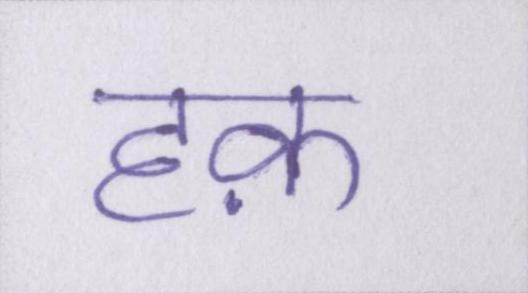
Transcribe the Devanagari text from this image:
हक़